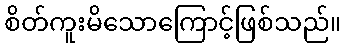
စိတ်ကူးမိသောကြောင့်ဖြစ်သည်။